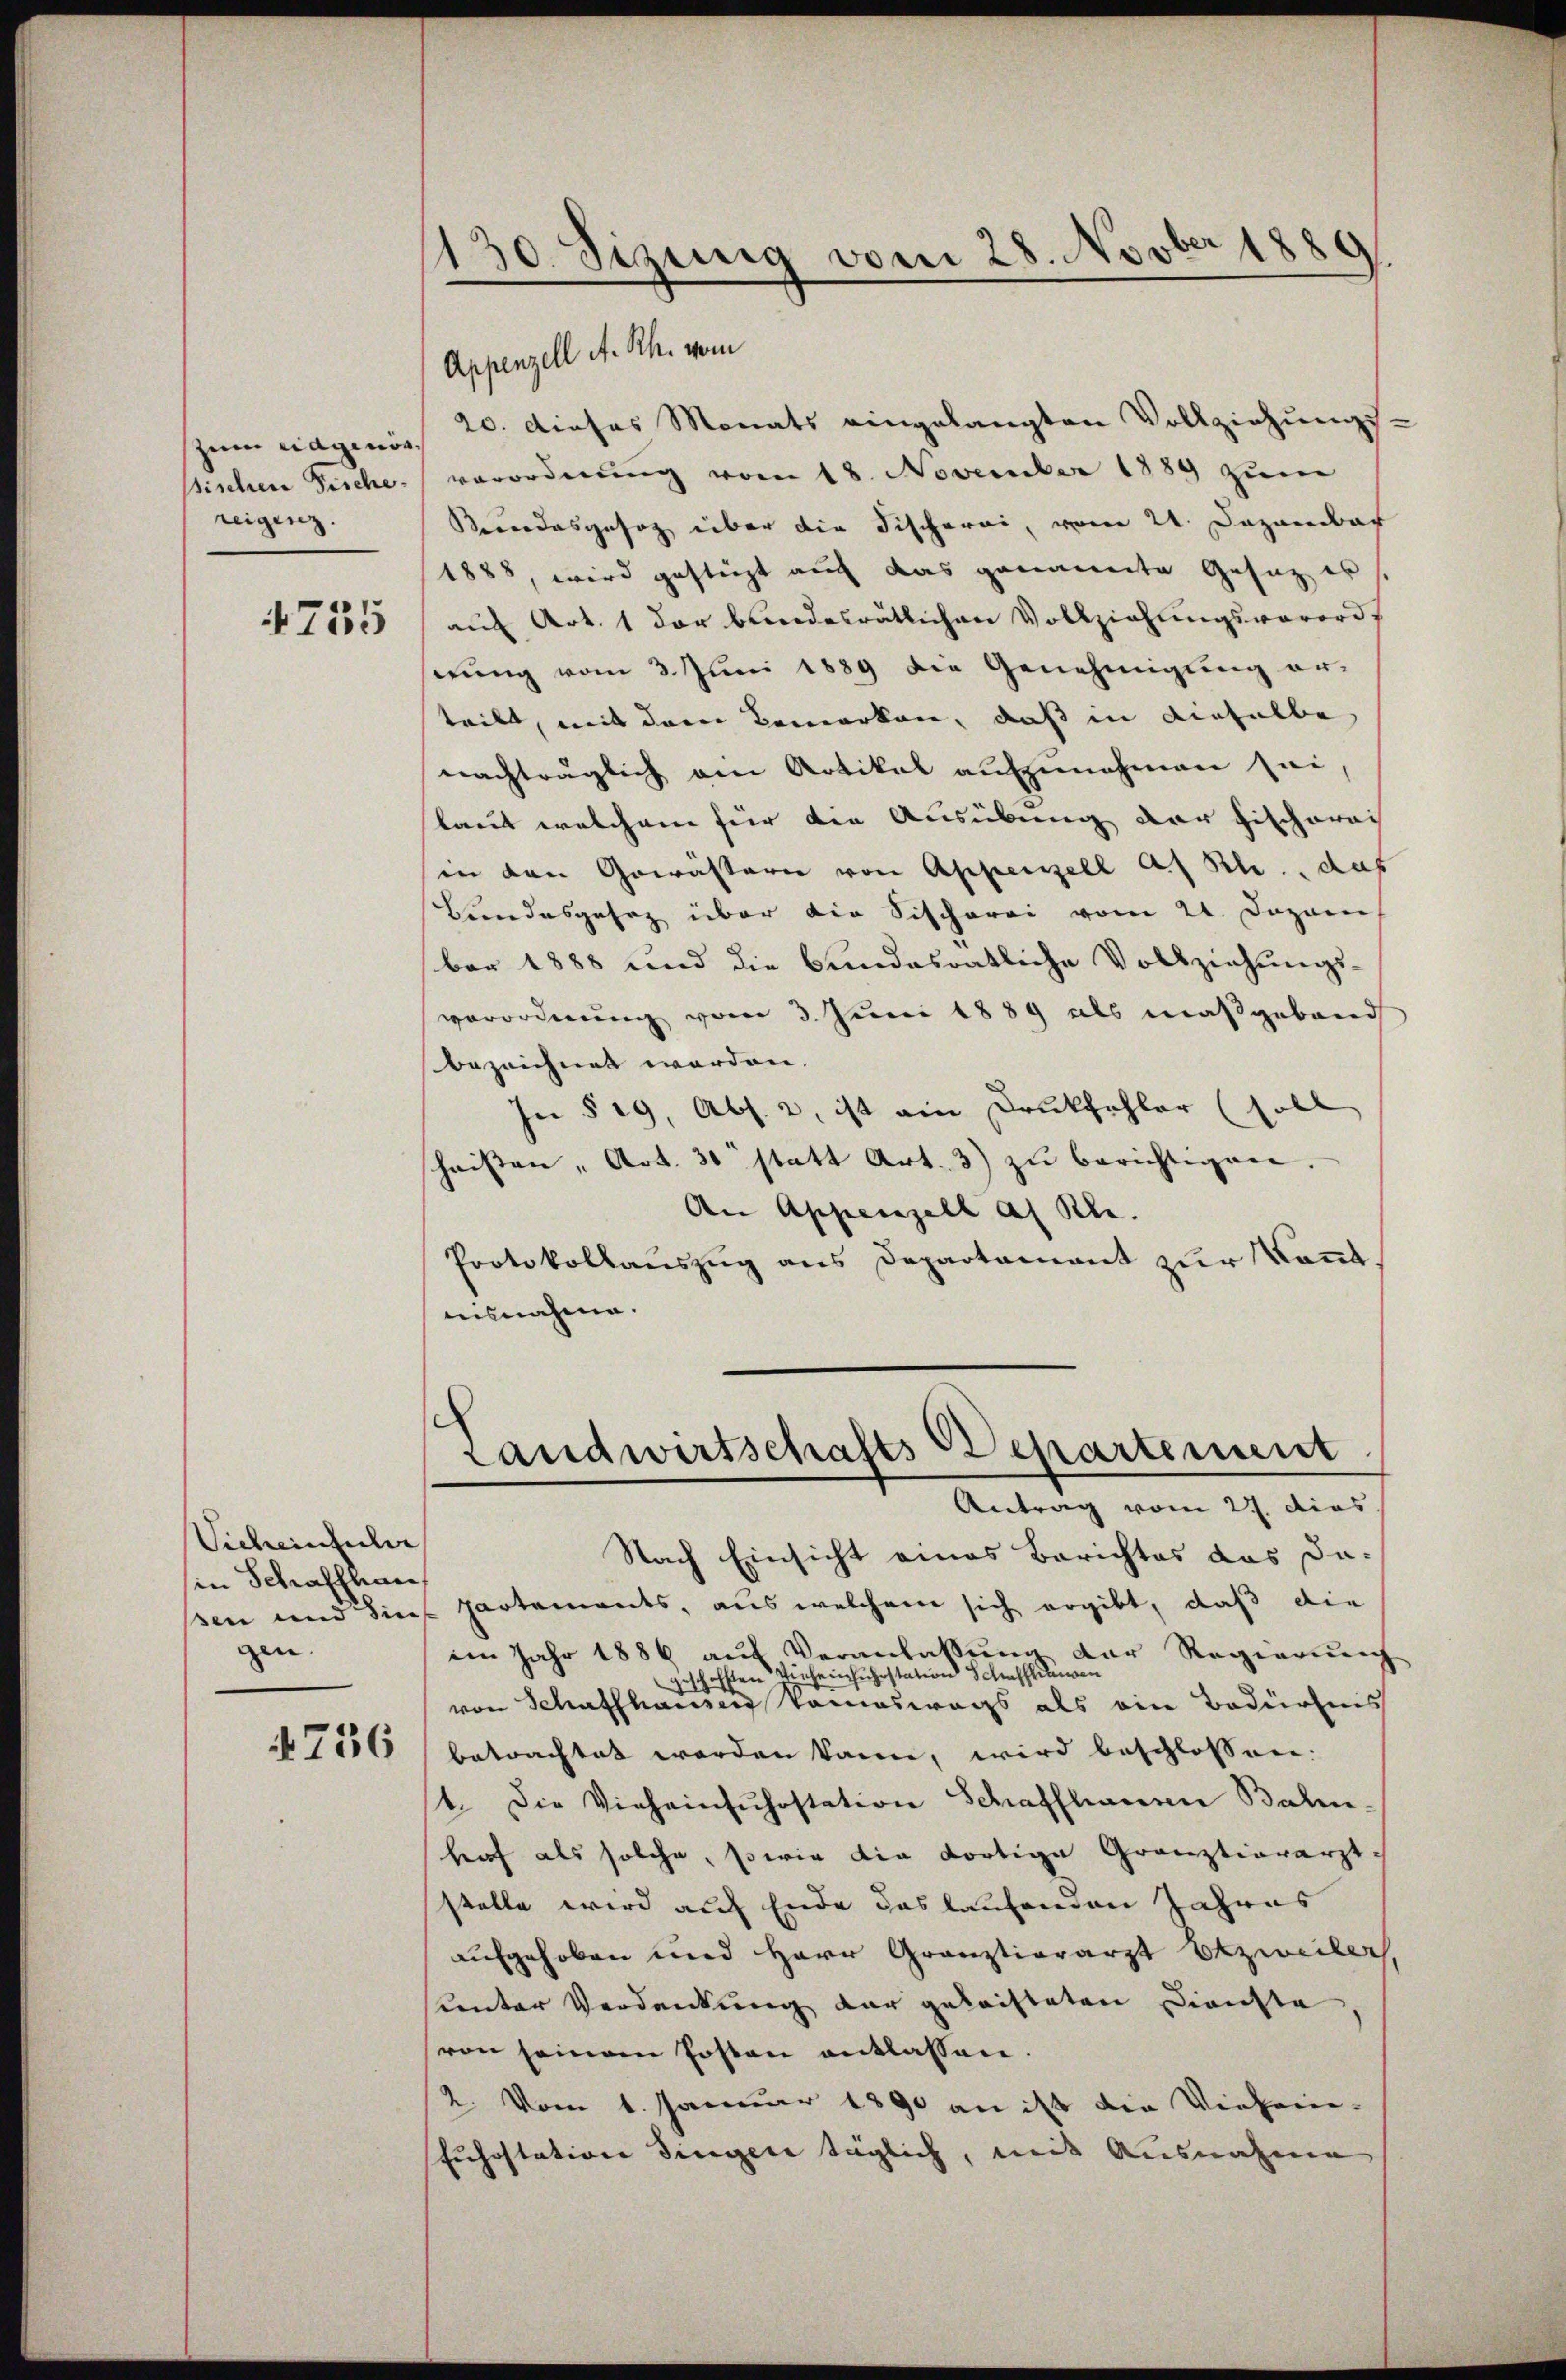
zum eidgenösreigenz.
4755

20. dieses Monats eingelangten Vollziehungs-
ssischen Fische, verordnung vom 18. November 1889 zum
Besondesgesag über die Fischerei, vom 24. Dazandach
1888, wird gestigt auch das genannte Gesaz es
auf Art. 1 der bundesrätlichen Vollziehungsverordnung vom 3. Juni 1889 die Genehmigung er-
teilt, mit dem Bemerken, daß in dieselbe
nachträglich am Artikal aufzunehmen sei,
laut welchem für die Ausübung der Fischarac
sin den Gewässern von Appenzell a. Rh., das
Bundesgesez über die Fischerei vom 21. Dezem
ber 1888 und die bundesratliche Vollziehungs-
verordnung vom 3. Juni 1889 als maßgebäud
bezeichnet werden.
In § 19, Abs. 2, ist ein Drukfohler (1
schriften, Art. 30 statt Art. 3) zŭ berichtigen.
An Appenzell a. Rh.
Protokollauszug aus Departament zur Kont
nisnahme.

Sicheintuler
sin Schaffhau
ßen und die
gen.

736

130. Sizung vom 28. Novber 1880

Appenzell A. Rh. vom

Landwirtschafts Departement
Antrag vom 27. dies

Nach Einsicht eines Berichtes das Dapartements, aus welchem sich ergibt, daß die
im Jahr 1886 auf Veranlassung der Regierung
geschafften Vieheinfuhrstation Schaffen
von Schaffhausen komoswegs als ein Bedürfnis
betrachtet worden kann, wird beschlossen.
4. Die Vieheinsŭhostation Schaffhauen Balm,
hof als solche, sowie die dortige Grauztierarzt
stelle wird auf Ende das laufenden Jahres
aufgehoben und Herr Grauztierarzt Ekzweiter,
unter Verdankung der geleisteten Dienste
von seinem Posten entlassen.
2. Vom 1. Januar 1890 an ist die Vielein-
Juhostation dingen täglich, mit Ausnahme